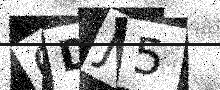
Text: QDJ5